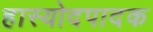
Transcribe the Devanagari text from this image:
हास्योदपादक